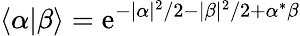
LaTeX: \langle\alpha|\beta\rangle=\mathrm{e}^{-|\alpha|^{2}/2-|\beta|^{2}/2+\alpha^{*}\beta}